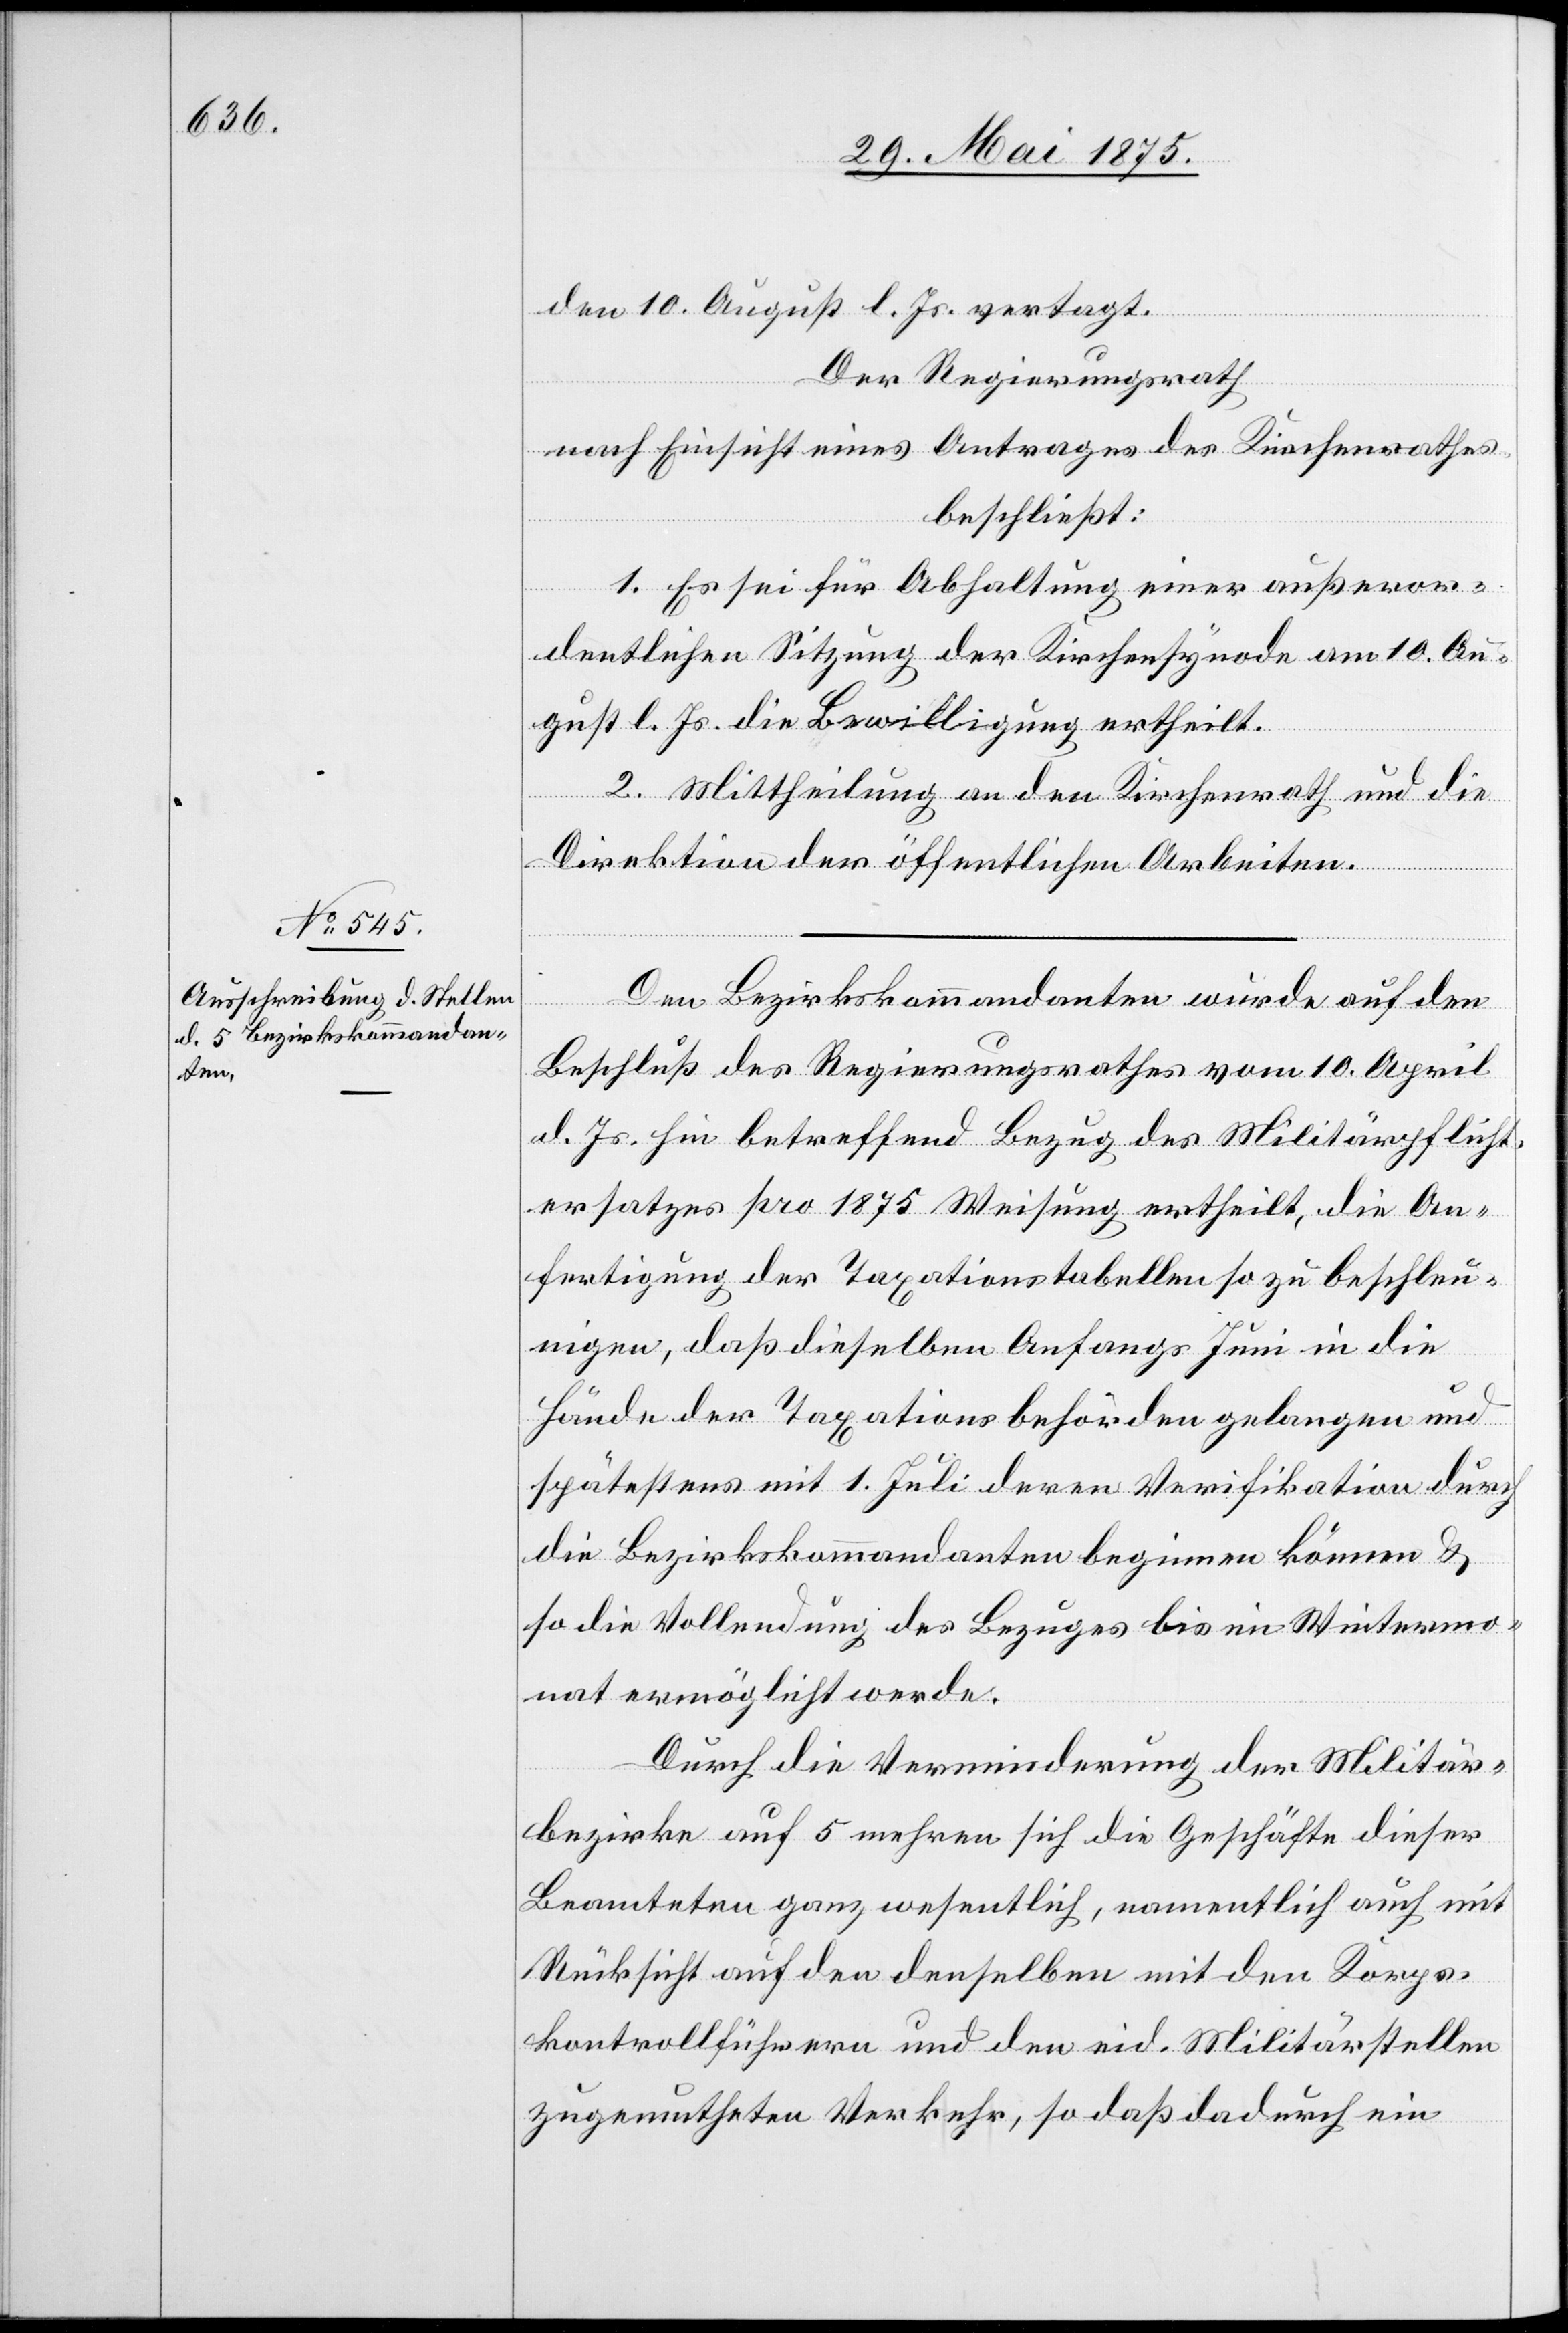
den 10. August d. Js. vertagt.
Der Regierungsrath
nach Einsicht eines Antrages des Kirchenrathes,
beschließt:
1. Es sei für Abhaltung einer außeror¬
dentlichen Sitzung der Kirchensynode am 10. Au¬
gust d. Js. die Bewilligung ertheilt.
2. Mittheilung an den Kirchenrath und die
Direktion der öffentlichen Arbeiten.
Den Bezirkskommandanten wurde auf den
Beschluß des Regierungsrathes vom 10. April
d. Js. hin betreffend Bezug des Militärpflicht¬
ersatzes pro 1875 Weisung ertheilt, die An¬
fertigung der Taxationstabellen so zu beschleu¬
nigen, daß dieselben Anfanges Juni in die
Hände der Taxationsbehörde gelangen und
spätestens mit 1. Juli deren Verifikation durch
die Bezirkskommandanten beginnen können &
so die Vollendung des Bezuges bis im Wintermo¬
nat ermöglicht werde.
Durch die Verminderung der Militär¬
bezirke auf 5 mehren sich die Geschäfte dieser
Beamteten ganz wesentlich, namentlich auch mit
Rücksicht auf den denselben mit den Korps¬
kontrollführern und den eid. Militärstellen
zugemutheten Verkehr, so daß dadurch ein